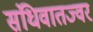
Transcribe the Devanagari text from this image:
संधिवातज्वर